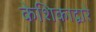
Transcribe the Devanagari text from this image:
केशिकाद्वारे